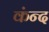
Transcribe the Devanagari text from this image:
कंन्द